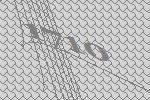
1710